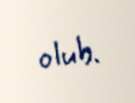
olub.